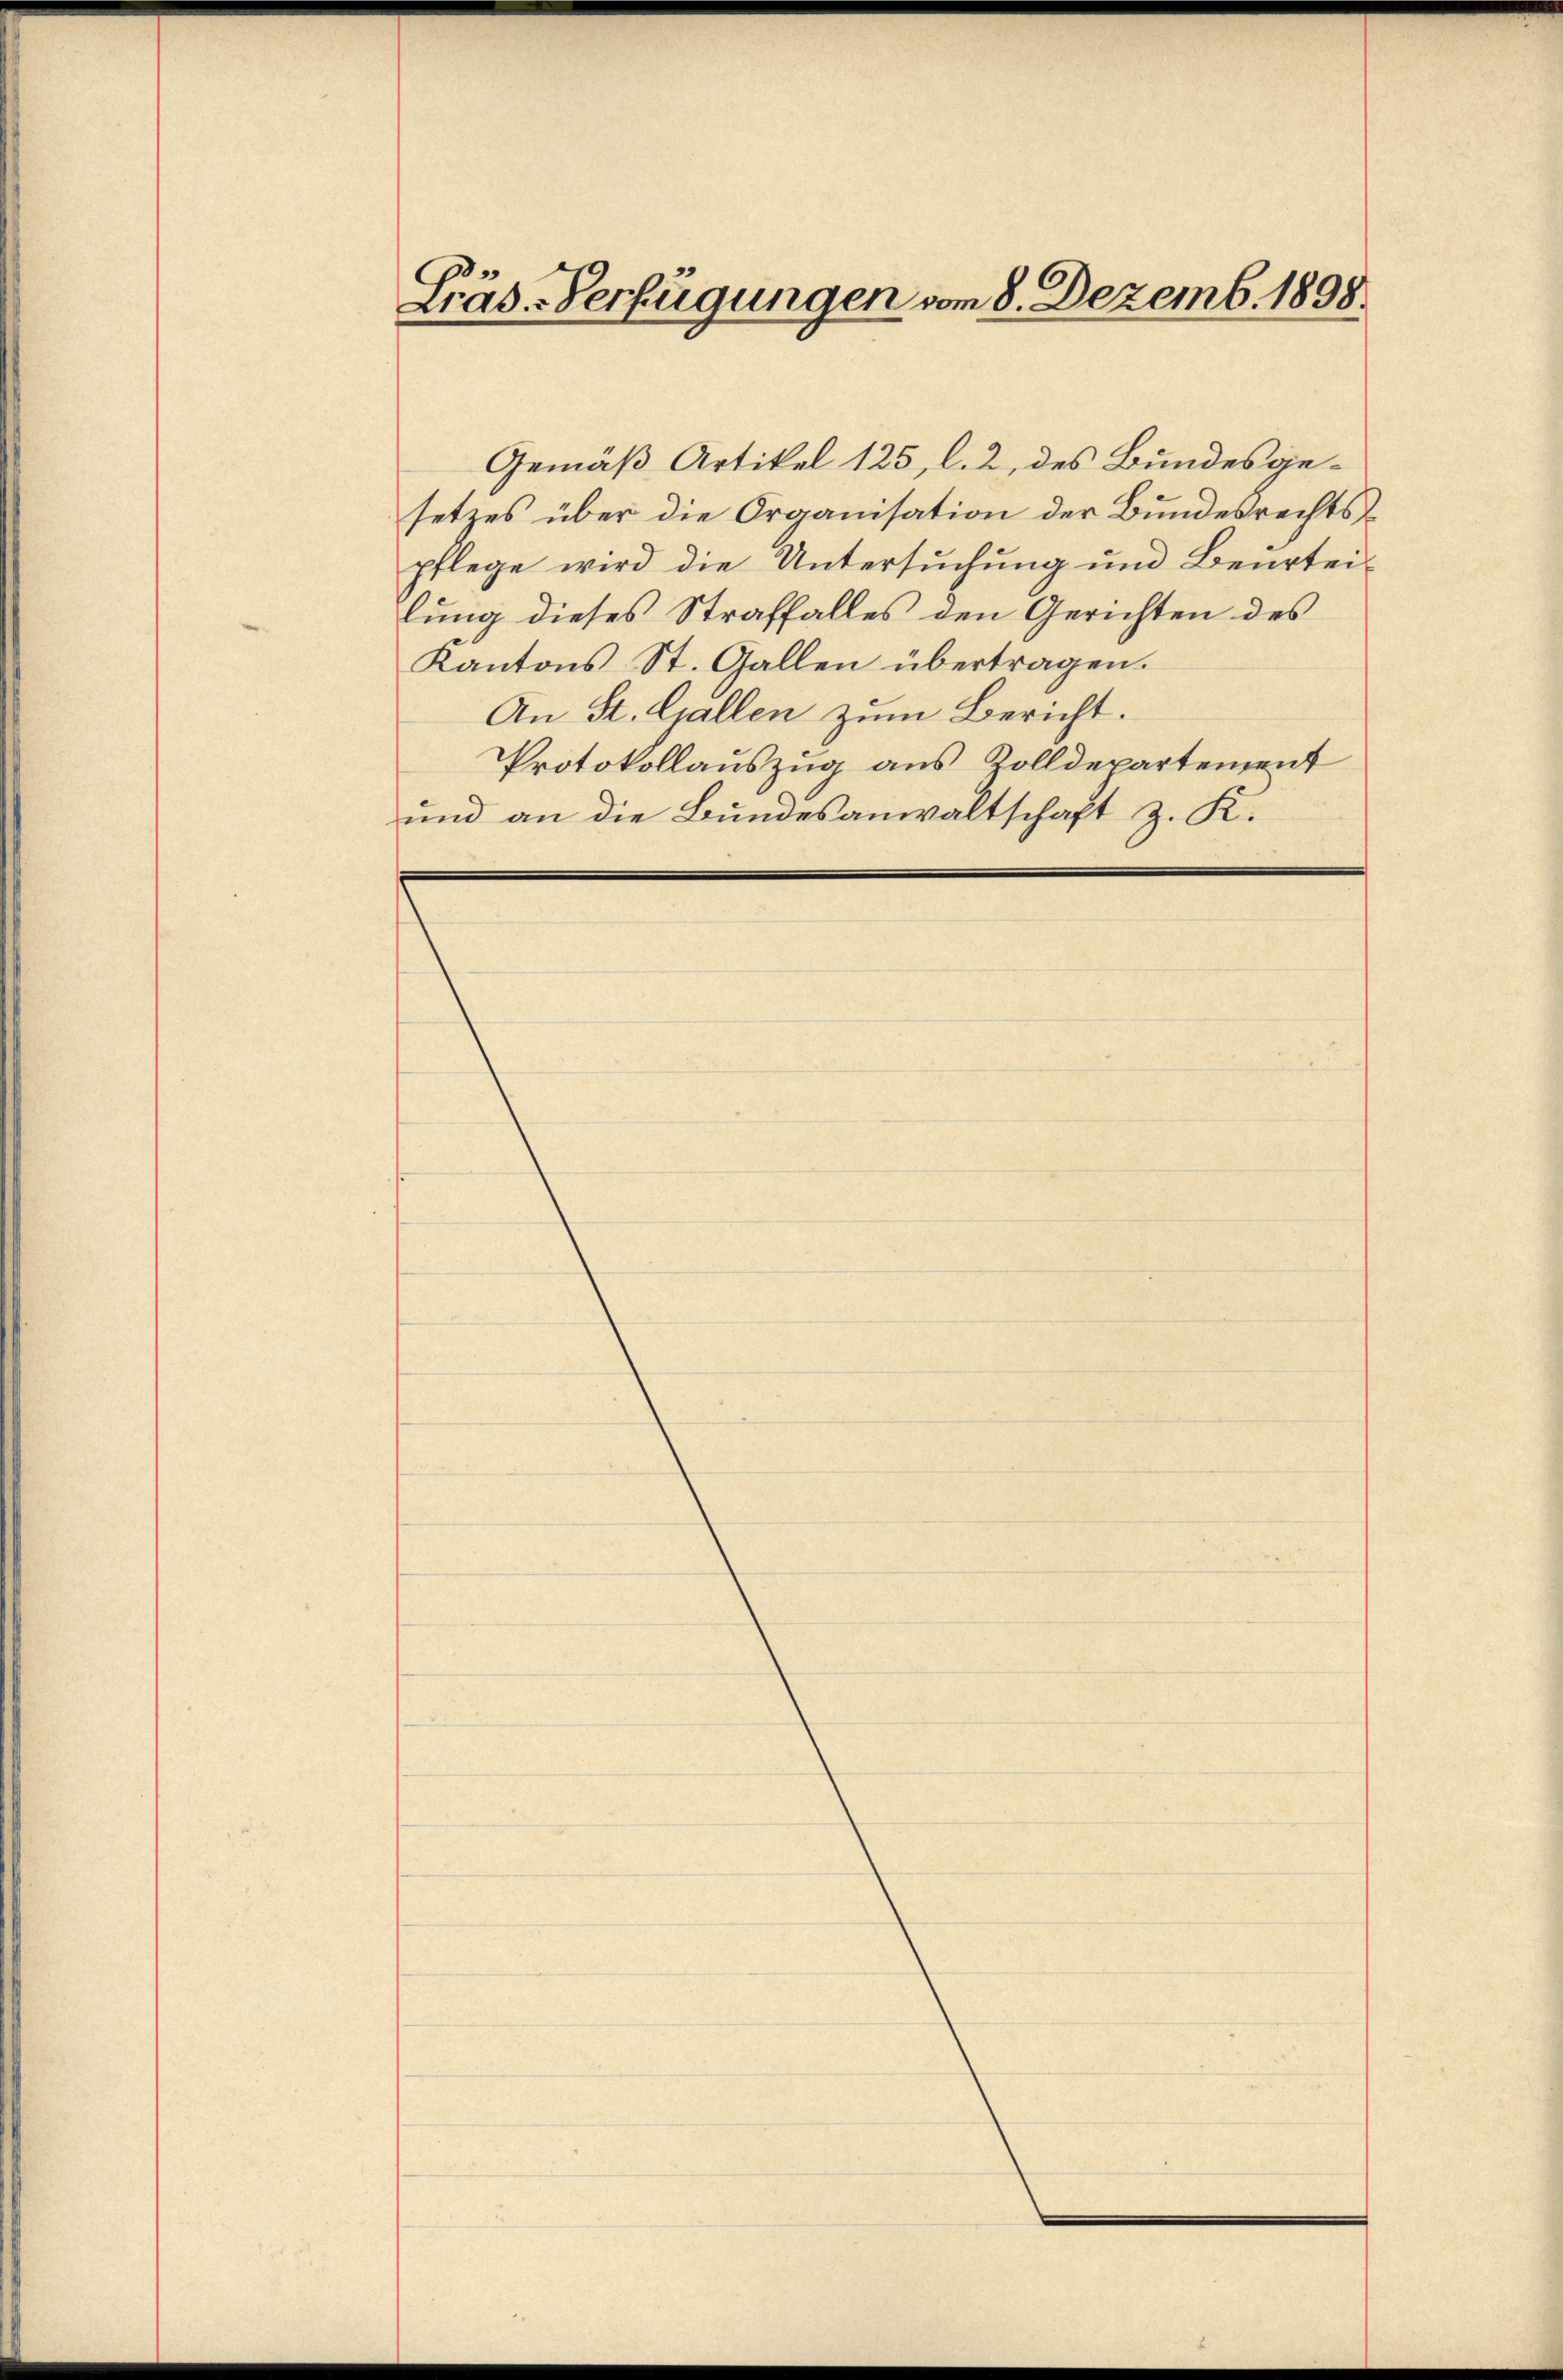
Gräs-Verfügungen vom 8. Dezemb. 1898.

Gemäß Artikel 125, l. 2, des Bundesgesetzes über die Organisation der Bundesrechtspflege wird die Untersuchung und Beurtei-
lung dieses Straffalles den Gerichten des
Kantons St. Gallen übertragen.
An St. Gallen zum Bericht.
Protokollauszug aus Rolldepartement
und an die Bundesanwaltschaft z. K.